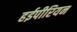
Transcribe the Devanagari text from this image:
हईपीरियन